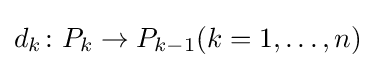
d_{k}\colon P_{k}\to P_{k-1}(k=1,\dots ,n)